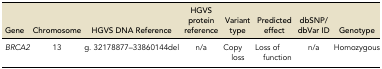
| Gene | Chromosome | HGVS DNA Reference | HGVS protein reference | Variant type | Predicted effect | dbSNP/dbVar ID | Genotype |
 | --- | --- | --- | --- | --- | --- | --- | --- |
 | BRCA2 | 13 | g. 32178877–33860144del | n/a | Copy loss | Loss of function | n/a | Homozygous |